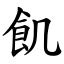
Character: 飢